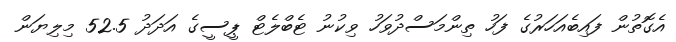
އެގޮތުން ފައިބެއަހަރުގެ ފަހު ތިންމަސްދުވަހު ވިކުނު ޓެބްލެޓް ޕީސީގެ އަދަދު 52.5 މިލިޔަން